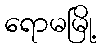
ရောမမြို့